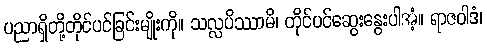
ပညာရှိတို့တိုင်ပင်ခြင်းမျိုးကို။ သလ္လပိဿာမိ၊ တိုင်ပင်ဆွေးနွေးပါအံ့။ ရာဇဝါဒံ၊